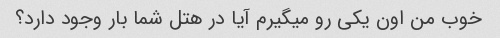
خوب من اون یکی رو میگیرم آیا در هتل شما بار وجود دارد؟